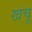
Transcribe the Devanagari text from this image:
खचू